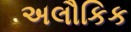
અલૌકિક